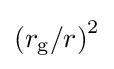
{\textstyle \left({r_{\text{g}}}/{r}\right)^{2}}